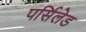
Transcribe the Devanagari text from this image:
पर्सिलेड